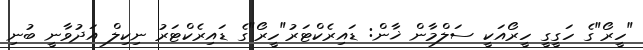
"ހީރޯ"ގެ ހަގީގީ ހީރޯއަކީ ސަލްމާން ޚާން: ޑައިރެކްޓަރު"ހީރޯ"ގެ ޑައިރެކްޓަރު ނިކިލް އަދުވާނީ ބުނި